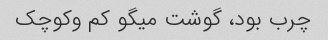
چرب بود، گوشت میگو کم وکوچک